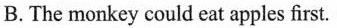
B. The monkey could eat apples first.